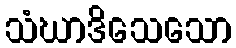
သံဃာဒိသေသော